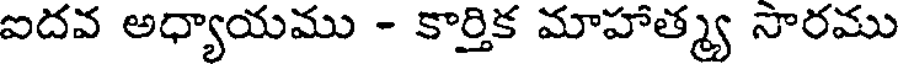
ఐదవ అధ్యాయము - కార్తిక మాహాత్మ్య సారము